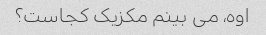
اوه، می بینم مکزیک کجاست؟